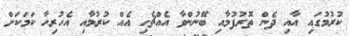
ކުރުމުގައި އާއި ދެން ތޮރުފުމާއި ބޭނުންވާ އެއްޗެހި އެއް ކުރުމާއި އެހުރިހާ ކަމަކަށް